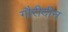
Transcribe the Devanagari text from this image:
गौरीदीन